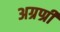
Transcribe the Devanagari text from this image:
अग्रण्री